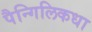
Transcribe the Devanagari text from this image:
पैन्गिलिकधा